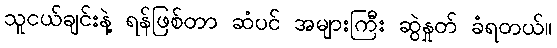
သူငယ်ချင်းနဲ့ ရန်ဖြစ်တာ ဆံပင် အများကြီး ဆွဲနှုတ် ခံရတယ်။